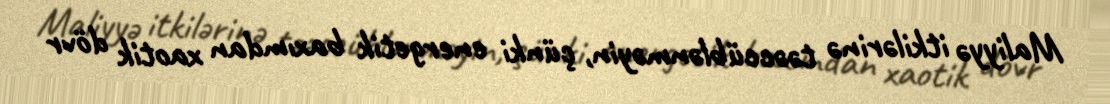
Maliyyə itkilərinə təəccüblənməyin, çünki energetik baxımdan xaotik dövr